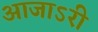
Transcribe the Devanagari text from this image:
आजाऽरी